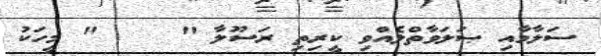
ސަލާމާއި ޞަލަވާތްލެއްވި ކީރިތި ރަސޫލާ "    " މީހަކު